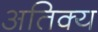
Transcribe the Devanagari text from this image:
अतिक्य